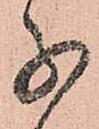
子